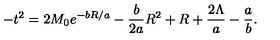
- t ^ { 2 } = 2 M _ { 0 } e ^ { - b R / a } - { \frac { b } { 2 a } } R ^ { 2 } + R + { \frac { 2 \Lambda } { a } } - { \frac { a } { b } } .